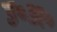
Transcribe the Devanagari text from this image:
उ॰अ॰